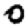
Digit: 0